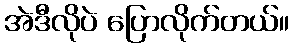
အဲဒီလိုပဲ ပြောလိုက်တယ်။